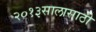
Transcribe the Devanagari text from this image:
२०१३सालासाठी